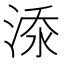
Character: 𣷹